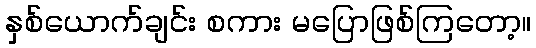
နှစ်ယောက်ချင်း စကား မပြောဖြစ်ကြတော့။